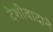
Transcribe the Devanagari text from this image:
देशीवादाने